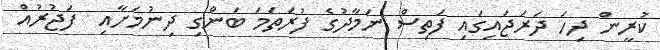
ކުރީން ދިހަ ދަރަޖައިގައި ފަތިސް ނަމާދުގެ ފުރަތަމަ ބަންގި ދިނުމަށާއި  ފަޖުރުއް